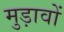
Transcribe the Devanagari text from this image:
मुड़ावों